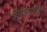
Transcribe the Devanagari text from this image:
चिकित्साविदों